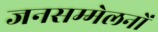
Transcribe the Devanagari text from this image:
जनसम्मेलनों